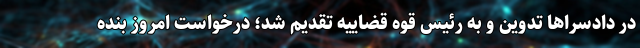
در دادسراها تدوین و به رئیس قوه قضاییه تقدیم شد؛ درخواست امروز بنده